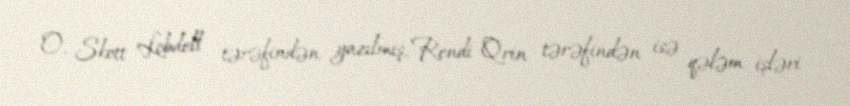
O, Skott Lobdell tərəfindən yazılmış, Rendi Qrin tərəfindən isə qələm işləri